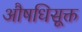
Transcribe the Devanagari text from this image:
औषधिसूक्त